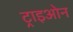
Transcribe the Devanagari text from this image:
ट्राइओन